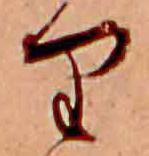
り